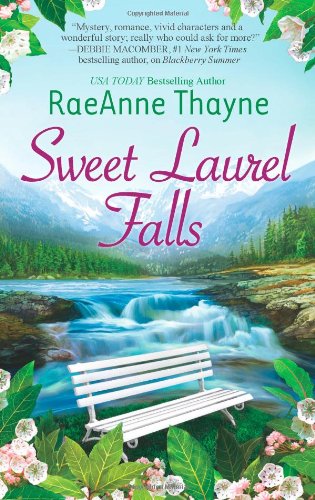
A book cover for Sweet Laurel Falls (Hope's Crossing); RaeAnne Thayne; Literature & Fiction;